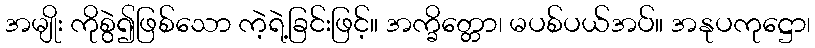
အမျိုး ကိုစွဲ၍ဖြစ်သော ကဲ့ရဲ့ခြင်းဖြင့်။ အက္ခိတ္တော၊ မပစ်ပယ်အပ်။ အနုပကုဋ္ဌော၊